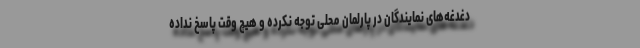
دغدغه‌های نمایندگان در پارلمان محلی توجه نکرده و هیچ وقت پاسخ نداده